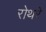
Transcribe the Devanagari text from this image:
रोथरे